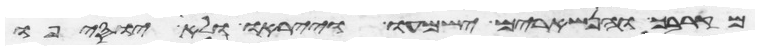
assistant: מקרבך והנשארים ישמעו וייראו ולא יוסיפו